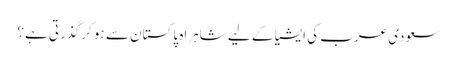
سعودی عرب کی ایشیا کے لیے شاہراہ پاکستان سے ہو کر گذرتی ہے؟